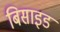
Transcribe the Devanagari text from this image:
बिसाइड